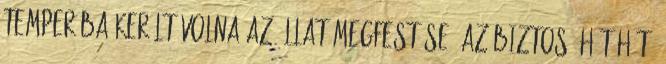
temperába került volna az állat megfestése, az biztos. Hát-hát.